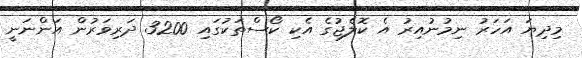
މިދިޔަ އަހަރު ނިމުނުއިރު އެ ކޮލެޖުގެ އެކި ކޯސްތަކުގައި 3200 ދަރިވަރުން އަންނަނީ